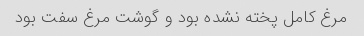
مرغ کامل پخته نشده بود و گوشت مرغ سفت بود